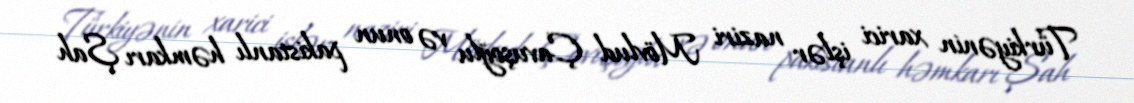
Türkiyənin xarici işlər naziri Mövlud Çavuşoğlu və onun pakistanlı həmkarı Şah